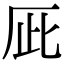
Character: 𠩆